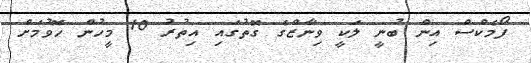
ފޯމެކްސް އިން ބުނީ ލަކީ ވިނާޒްގެ ގޮތުގައި އިތުރު 10 މީހުން ހޮވުމަށް